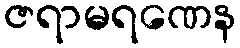
ဇရာမရဏေန